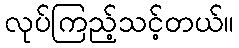
လုပ်ကြည့်သင့်တယ်။